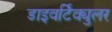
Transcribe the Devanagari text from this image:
डाइवर्टिक्युलर